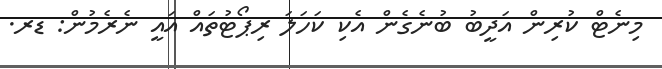
މިނެޓް ކުރިން އަދީބު ބުނެގެން އެކި ކަހަލަ ރިޕޯޓުތައް އައީ ނެރެމުން: ޑރ.